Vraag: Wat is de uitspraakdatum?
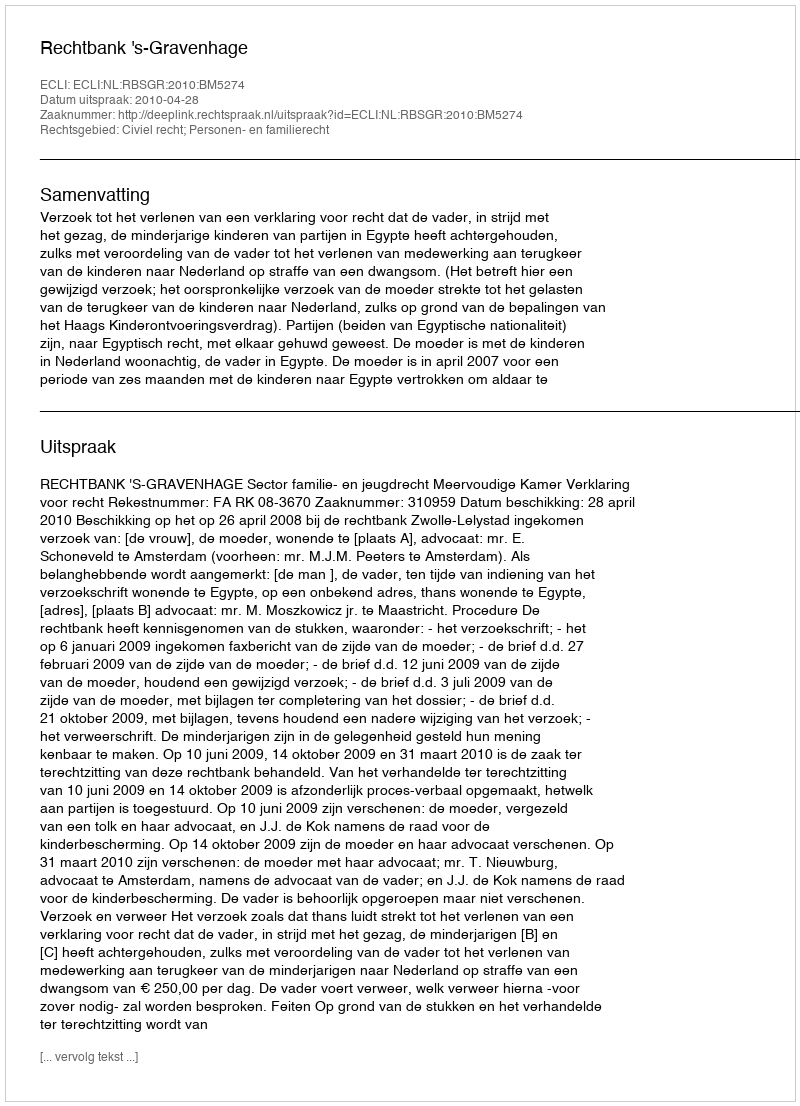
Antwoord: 2010-04-28